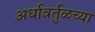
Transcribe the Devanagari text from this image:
अर्धावर्तुळच्या